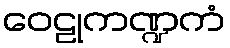
ဝေဠုကဏ္ဍကံ